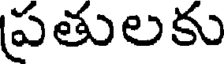
ప్రతులకు